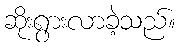
ဆိုးရွားလာခဲ့သည်။